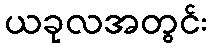
ယခုလအတွင်း